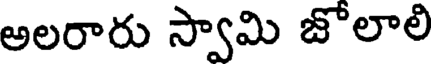
అలరారు స్వామి జోలాలి